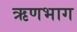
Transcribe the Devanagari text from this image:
ऋणभाग